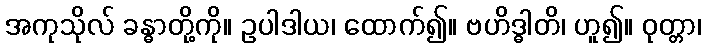
အကုသိုလ် ခန္ဓာတို့ကို။ ဥပါဒါယ၊ ထောက်၍။ ဗဟိဒ္ဓါတိ၊ ဟူ၍။ ဝုတ္တာ၊